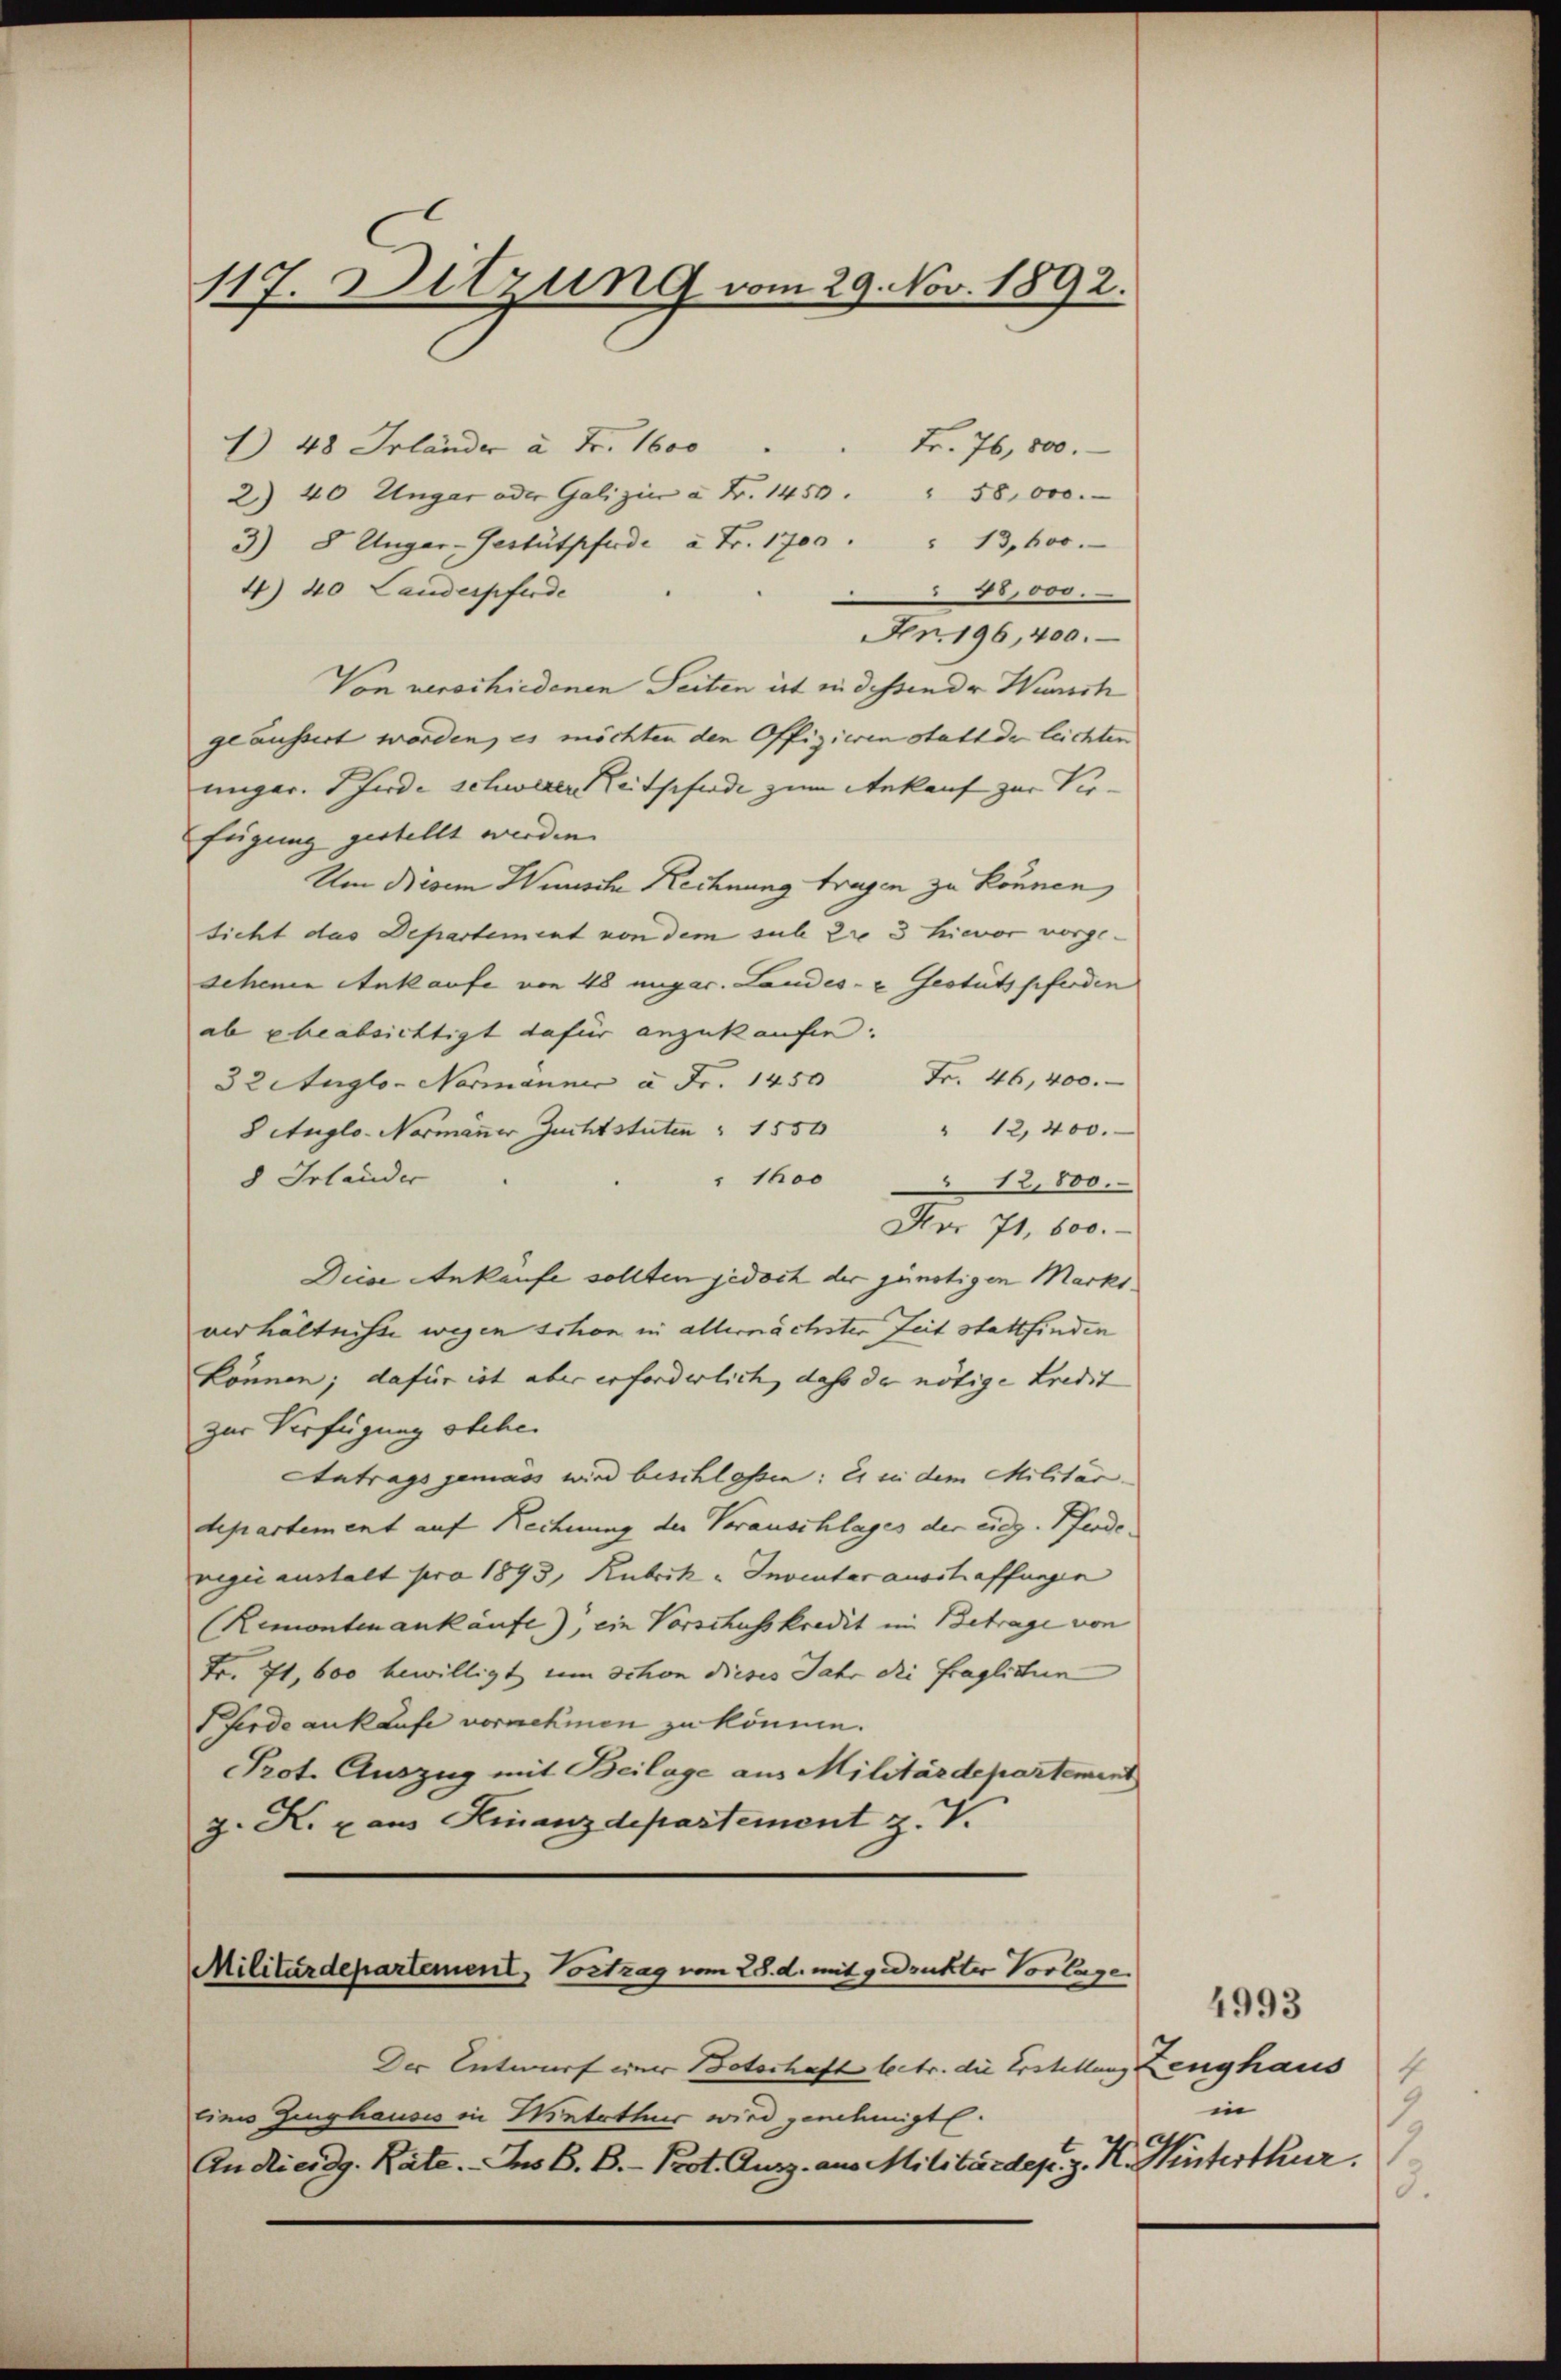
117. Sitzung vom 29. Nov. 1892.

48 Irländer à Fr. 1600
Fr. 76,800.
2 40 Ungar oder Galizie à Fr. 1450.                     "          58,000.
3) 8 Unger- Gestütpferde à Fr. 1700            "   13,600.
18,000.
4) 40 Landerpferde
Fr. 196, 400.
Von verschiedenen Seiten ist in dessende Wunsch
geäussert worden, es möchten den Offizieren statt de leichten
ungar. Pferde schwerer Zeitpferde zum Ankauf zur Verfügung gestellt werden.
Um Diesem Wunsche Rechnung tragen zu können,
sicht das Departement von dem sub 2ro 3 hievor vorge-
sehene Ankaufe von 48 ungar. Landes- u Gestütspferden
ab beabsichtigt dafür anzukaufen.
32 Auglo- Normänner à Fr. 1450 Fr. 46, 400.
" 12,400.
8 Auglo- Normänner Zuchtstuten " 1550
8 Irlander
" 1600 " 12,800.
Fr. 71. 600.
Diese Ankäufe sollten jedoch der günstigen Marks
verhältnisse wegen schon in allernächster Zeit stattfinden
können; dafür ist aber erforderlich, daß der nötige Kredit
zur Verfügung obche
Antrags gemäss wird beschlassen: es in dem Militär-
departement auf Rechnung der Vorauschlages der eidg. Pferde.
regić austalt pro 1893, Rubrik „ Inventarausstraffungen
(Remonten ankäufe), ein Vorschusskredit in Betrage von
Fr. 71, 600 bewilligt um schon dieses Jahr die fraglichen
Pferde ankaufe vornehmen zu können.
Prot. Auszug mit Beilage aus Militärdepartement
z. K. aus Finanzdepartement z. V.

Der Entwurf einer Botoshaft lectr. die Erstellung Zeughaus
linis Zinghauses in Mietetters wird genehmigt.
An Rieidg. Rate. Is B. B. - Prot. Kurz aus Militärdep. z. K. Hinterthur.

Militärdepartement, Vortrag vom 28. d. mit gedruckter Vorlage

4993
3
in
3.